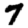
Digit: 7